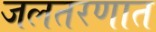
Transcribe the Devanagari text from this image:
जलतरणात